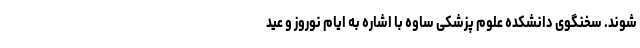
شوند. سخنگوی دانشکده علوم پزشکی ساوه با اشاره به ایام نوروز و عید